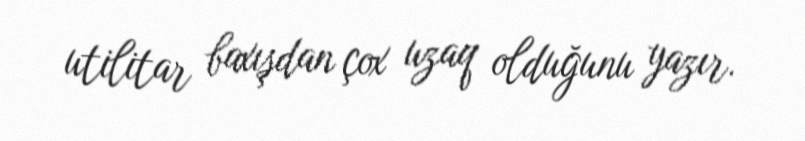
utilitar baxışdan çox uzaq olduğunu yazır.